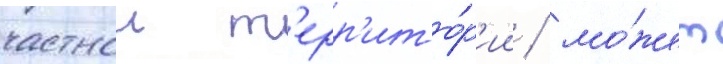
частнои т'ерр'ито́р'ии / мо́жет